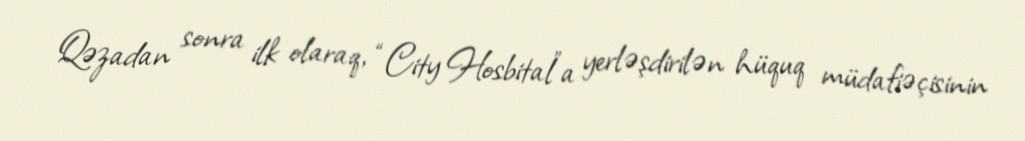
Qəzadan sonra ilk olaraq, “City Hosbital”a yerləşdirilən hüquq müdafiəçisinin